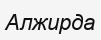
Алжирда